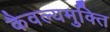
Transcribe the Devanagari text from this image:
कैवल्यमुक्ति